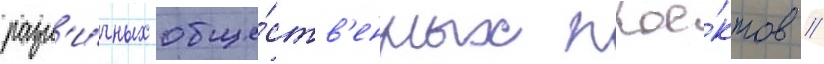
разл'и́чных обще́ств'енных прое́ктов //